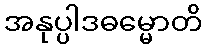
အနုပ္ပါဒဓမ္မောတိ